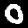
Digit: 0